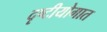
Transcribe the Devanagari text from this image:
दृष्टीयोगात